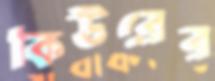
কিউরের